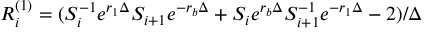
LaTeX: R _ { i } ^ { ( 1 ) } = ( S _ { i } ^ { - 1 } e ^ { r _ { 1 } \Delta } S _ { i + 1 } e ^ { - r _ { b } \Delta } + S _ { i } e ^ { r _ { b } \Delta } S _ { i + 1 } ^ { - 1 } e ^ { - r _ { 1 } \Delta } - 2 ) / \Delta